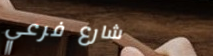
شارع فرعي